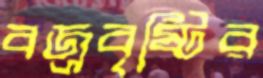
বজ্রবৃষ্টির